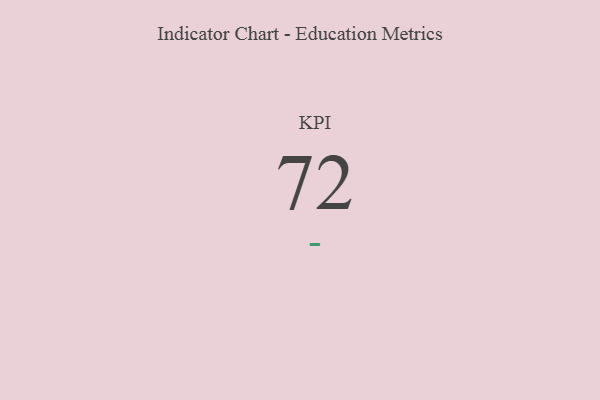
{"axis": {"x": "KPI", "y": "Value"}, "legend": [""], "data": [{"x": "KPI", "y": 72, "type": ""}]}